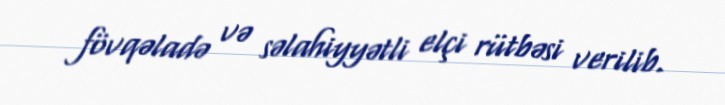
fövqəladə və səlahiyyətli elçi rütbəsi verilib.